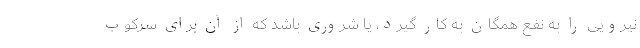
نیرویی را به نفعِ همگان به کار گیرد، یا شروری باشد که از آن برای سرکوب